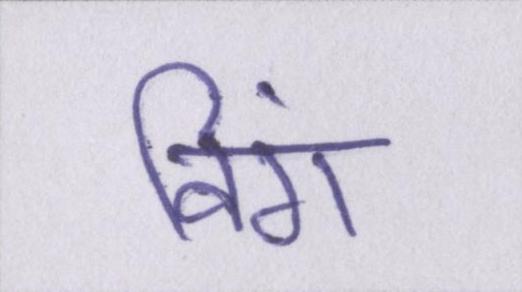
विंग